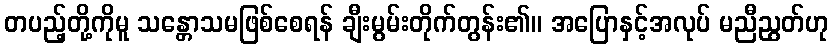
တပည့်တို့ကိုမူ သန္တောသမဖြစ်စေရန် ချီးမွမ်းတိုက်တွန်း၏။ အပြောနှင့်အလုပ် မညီညွတ်ဟု